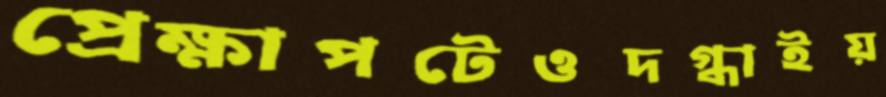
প্রেক্ষাপটেওদগ্ধাইয়